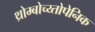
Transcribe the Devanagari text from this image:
थ्रोम्बोच्य्तोपेनिक